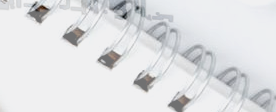
تأمين على الحياة والاستثم